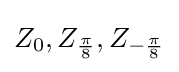
Z_{0},Z_{\frac {\pi }{8}},Z_{-{\frac {\pi }{8}}}